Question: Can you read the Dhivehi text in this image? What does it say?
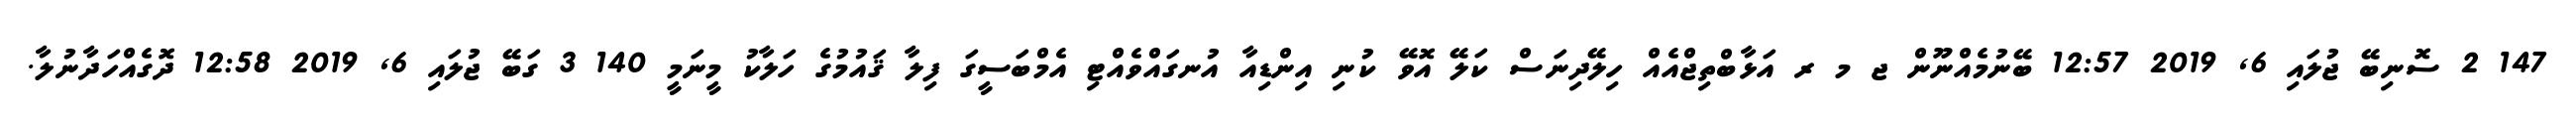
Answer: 147 2 ސޮނިބޭ ޖުލައި 6, 2019 12:57 ބޭނުމެއްނޫން ޖ މ ރ އަޅާބްތިޖްއެއް ހިލޭދިނަސް ކަލޭ އޮވޭ ކުނި އިންޑިއާ އުނގައްވެއްޓި އެމްބަސީގަ ފިލާ ޤައުމުގެ ހަލާކު މީނަމީ 140 3 ގަބޭ ޖުލައި 6, 2019 12:58 ދޮގެއްހަދާނުލާ.